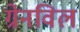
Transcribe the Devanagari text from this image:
ग्रेनविल